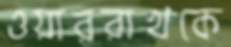
ওয়াররাখকে